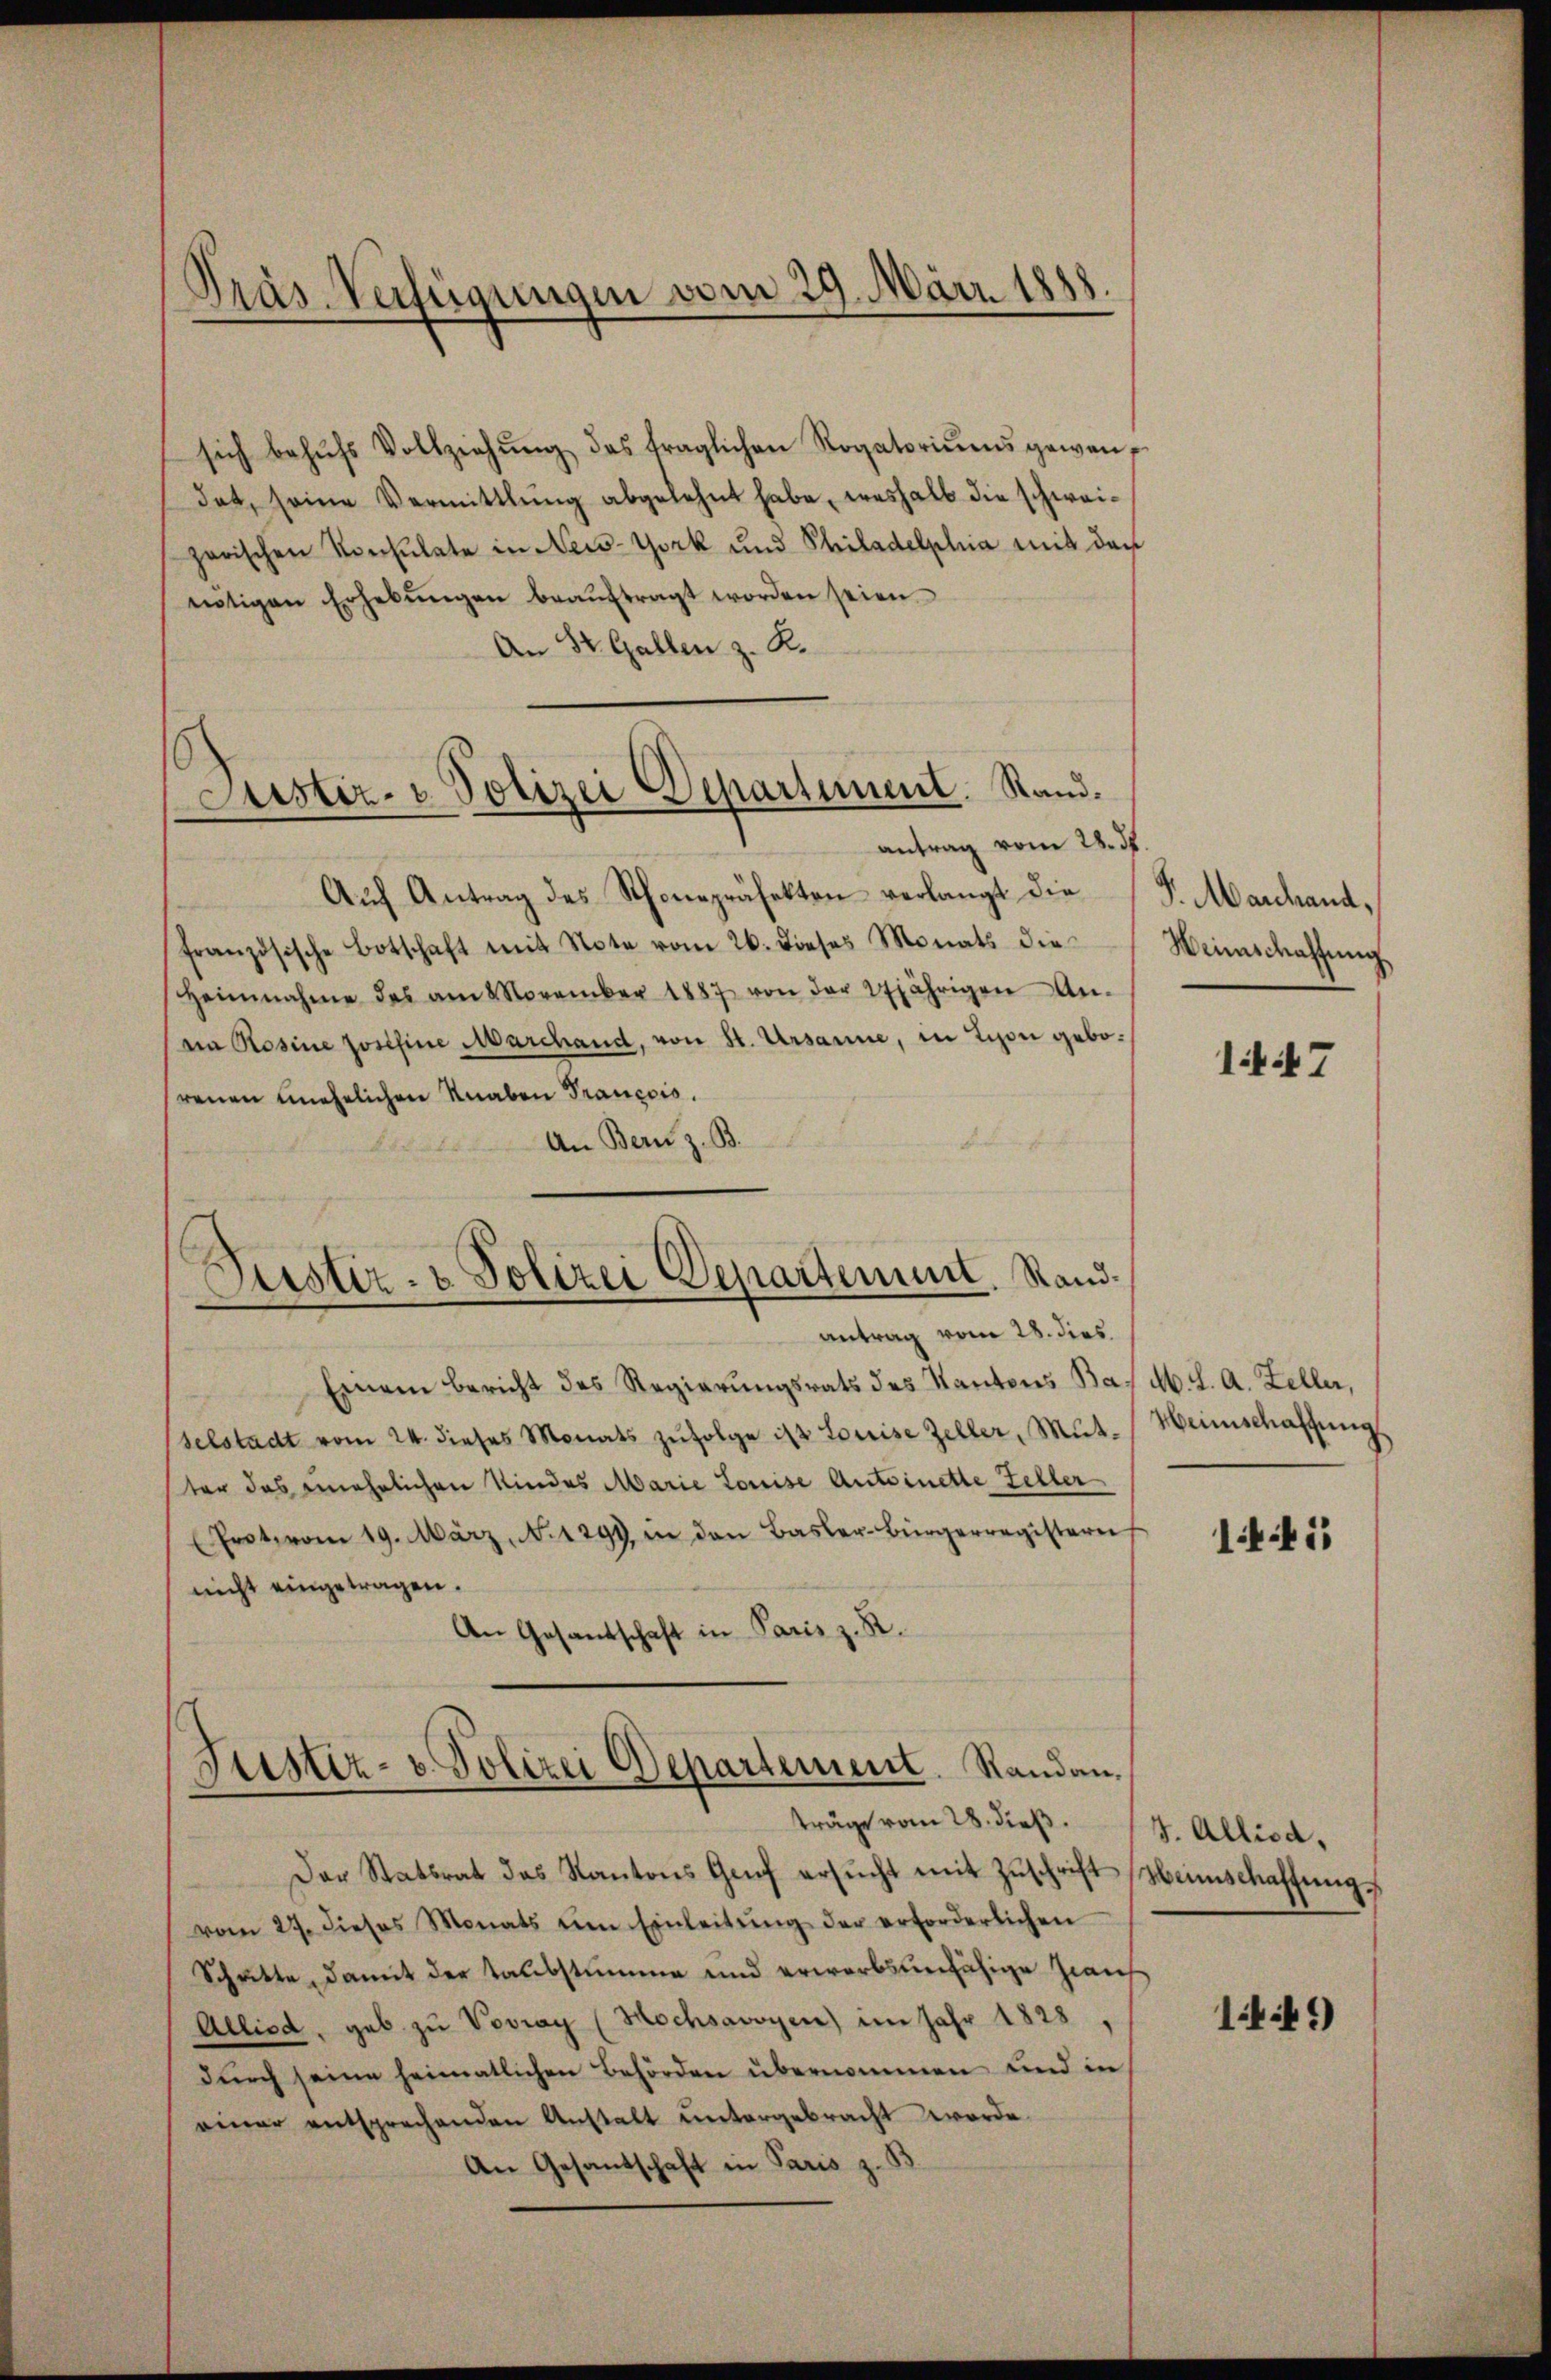
Präs. Verfügungen vom 29. März 1888

sich behŭfs Vollziehŭng des fraglichen Rogatoriŭms gewendat, seine Vermittlung abgelehnt habe, weshalb die schweizarischen Konsulate in New-York und Philadelphia mit den
nnötigen Erhebŭngen beaŭftragt worden seien.
An St. Gallen z. R.
antrag vom 22. ds.
Auf Antrag des Schonepräfekten verlangt die
französische Botschaft mit Note vom 26. dieses Monats die
Heinnahme des am 8 November 1887 von der 27jährigen An-
na Rosine Josefine Marchand, von St. Ursanne, in Lyon geborenen unehelichen Knaben Trancois.
An Bern z. B.
Einem Bericht des Regierungsrats des Kantons Bas M. L. A. Zeller,
selstadt vom 24. dieses Monats zŭfolge ist Louise Zeller, Mutster das unehelichen Kindes Marie Louise Antoinette Feller
(Prot. vom 19. März, N. 1299 in den Basler-Bürgerregistern
nicht eingetragen.
An Gesandschaft in Paris z. R.
Justiz- u. Polizei Departement. Standau,
träge vom 28. dieß.
Der Statsrat das Kantons Genf ersucht mit Zuschrift
vom 27. dieses Monats um Einleitŭng der erforderlichen
Schritte, damit der Taubstumme und erwerbsunfähige Zeich
Allied, geb. zu Vovray (Hochsavoyen) im Jahr 1828,
dŭrch seine heimatlichen Behörden übernommen und in
einer entsprechenden Anstalt ŭntergebracht worde.
An Gesandschaft in Paris z. B

Justiz- & Polizei Departement. Stand.

Justiz- & Polizei Departement. Stand.
antrag vom 28. dies

S. Marchand,
Weinschaffung

147

Weinschaffung.

11

J. Allis d.
Heimschaffung.

14 f.)